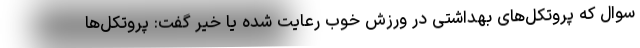
سوال که پروتکل‌های بهداشتی در ورزش خوب رعایت شده یا خیر گفت: پروتکل‌ها